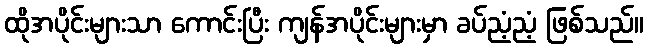
ထိုအပိုင်းများသာ ကောင်းပြီး ကျန်အပိုင်းများမှာ ခပ်ညံ့ညံ့ ဖြစ်သည်။